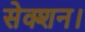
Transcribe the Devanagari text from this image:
सेक्शन।